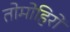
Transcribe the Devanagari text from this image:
तोमोहिरो